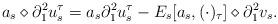
LaTeX: \begin{align*}a_s \diamond \partial_1^2 u^{\tau}_s = a_s \partial_1^2 u^{\tau}_s - E_s[a_s, (\cdot)_{\tau}] \diamond \partial_1^2 v_s.\end{align*}